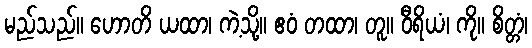
မည်သည်။ ဟောတိ ယထာ၊ ကဲ့သို့။ ဧဝံ တထာ၊ တူ။ ဝီရိယံ၊ ကို။ စိတ္တံ၊